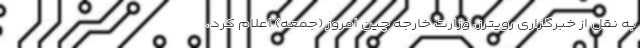
به نقل از خبرگزاری رویترز، وزارت خارجه چین امروز (جمعه) اعلام کرد،